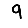
Digit: 9